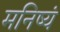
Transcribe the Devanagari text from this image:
मनिष्यं